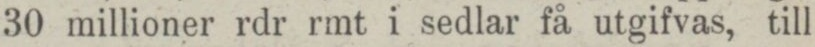
30 millioner rdr rmt i sedlar få utgifvas, till